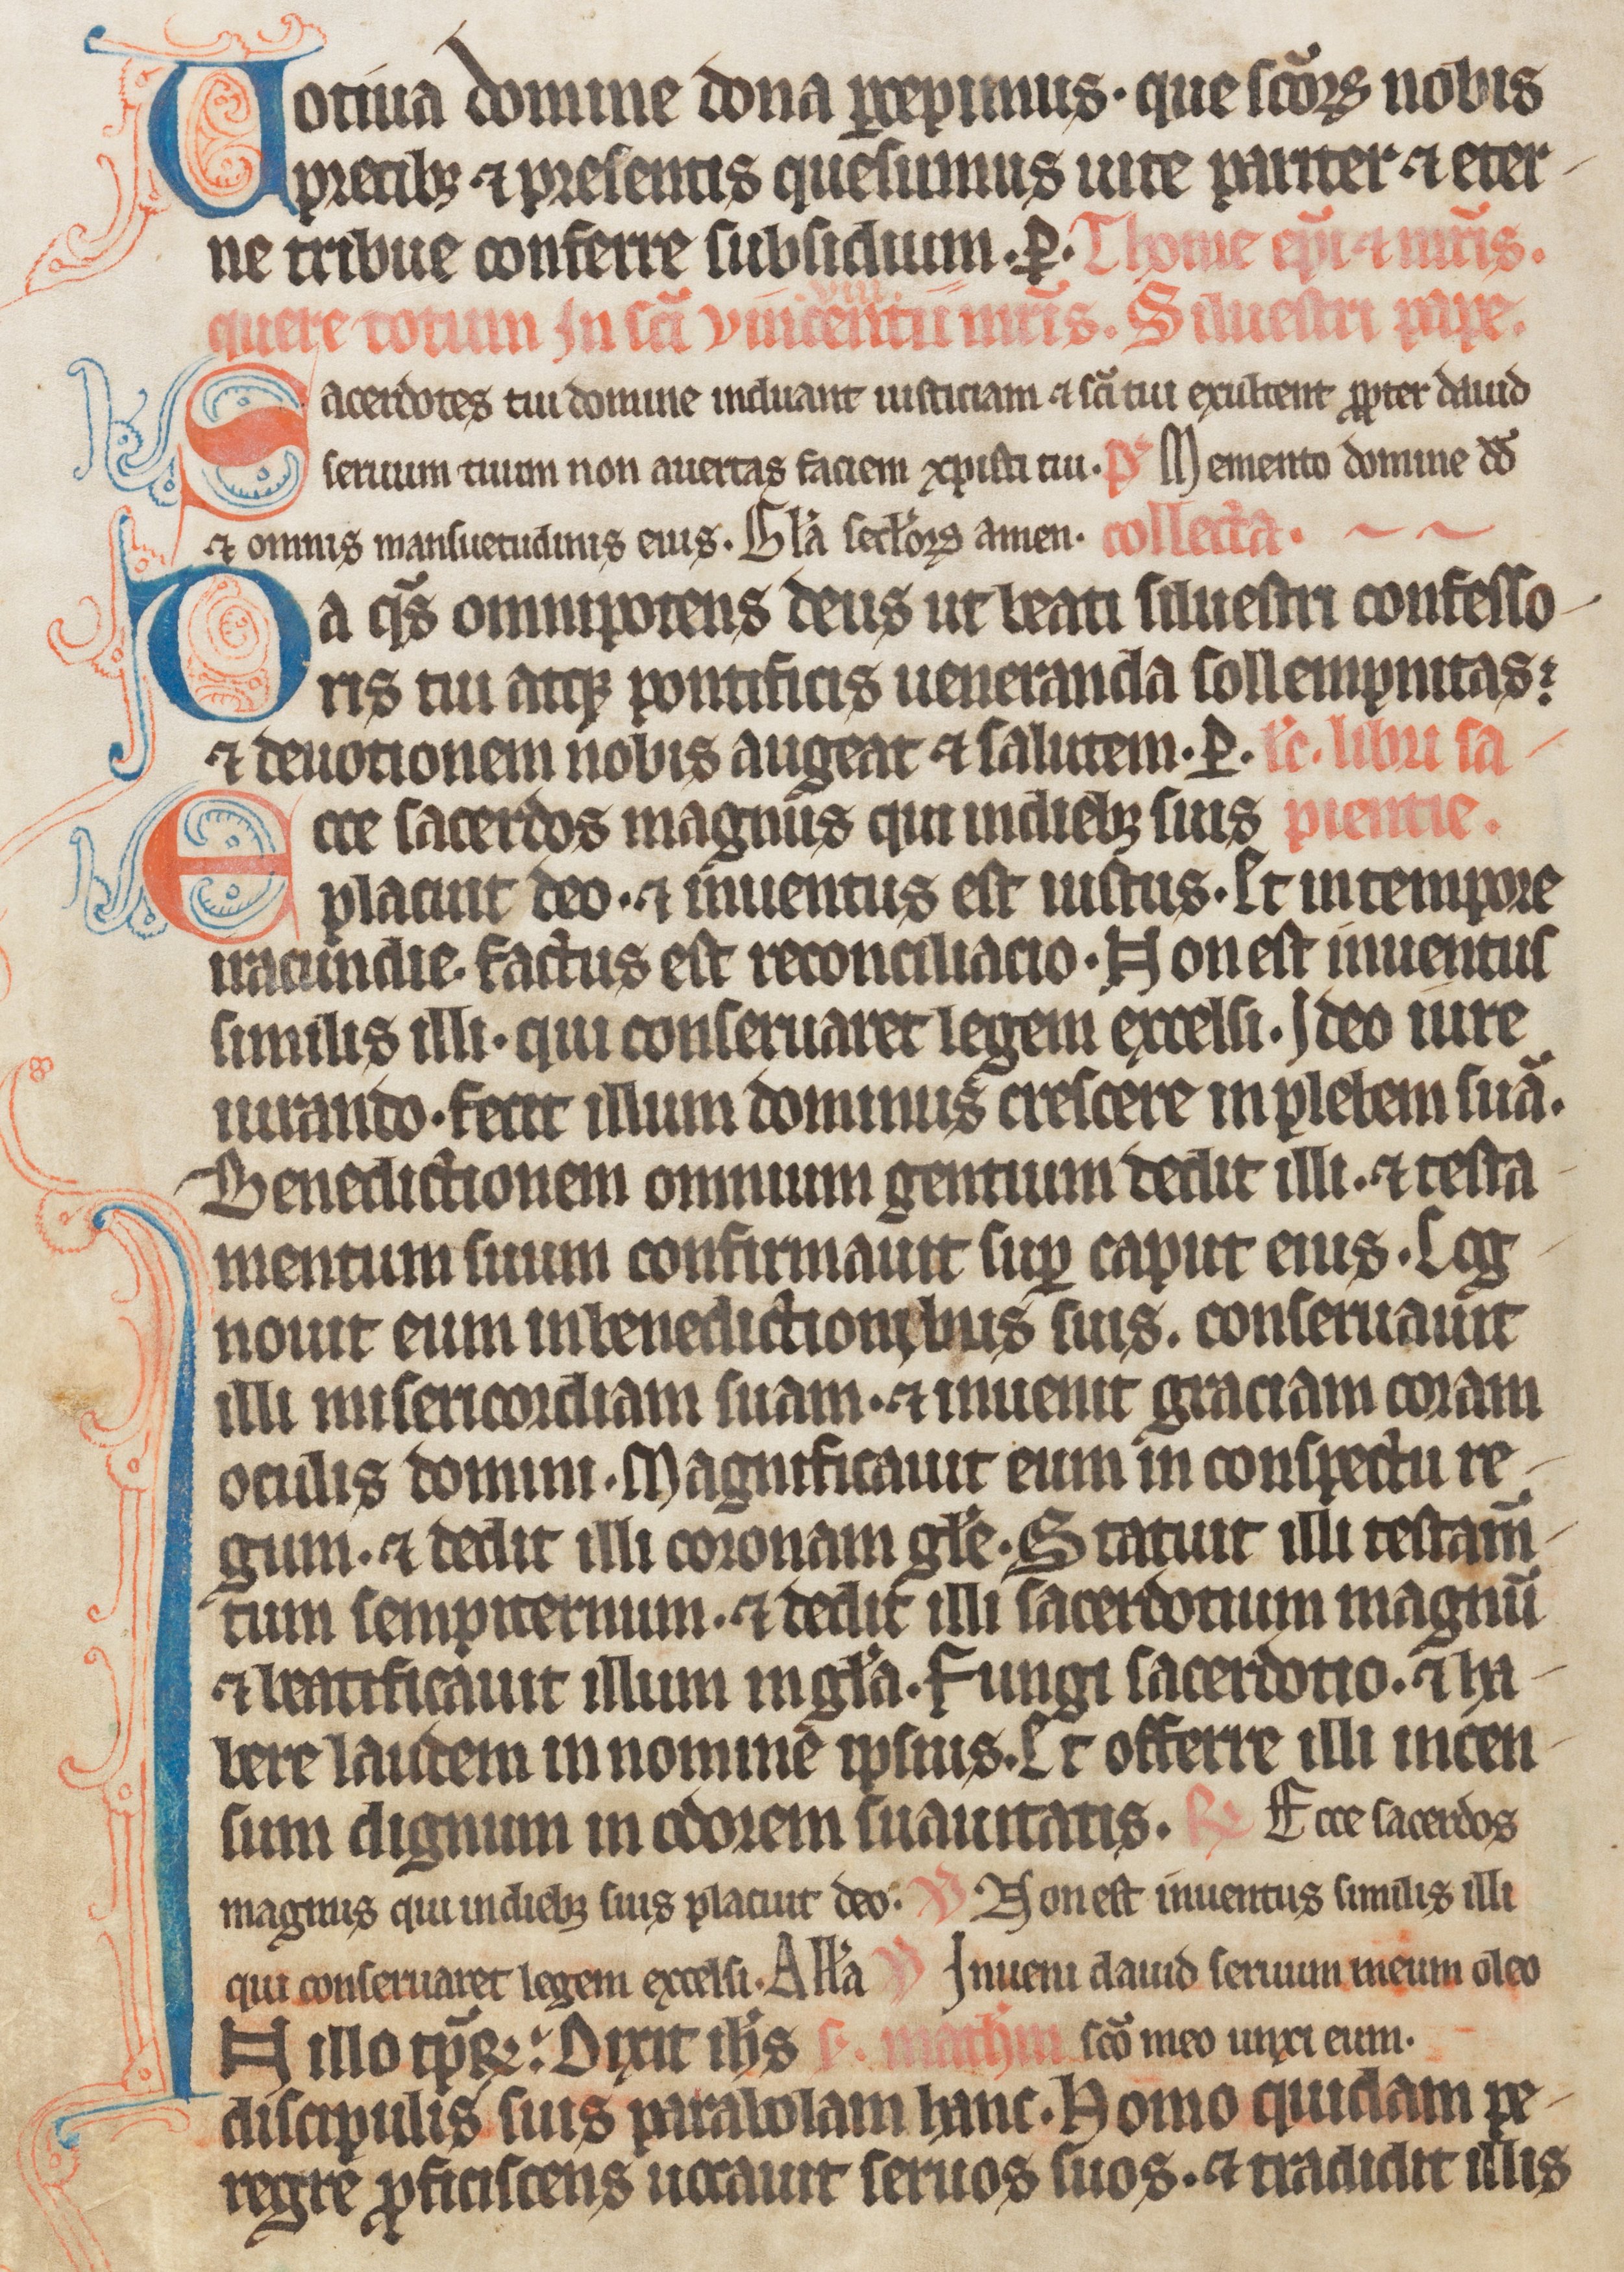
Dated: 1285–1315